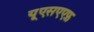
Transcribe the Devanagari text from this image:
यूएसएएफ़